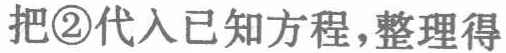
把\textcircled{2}代入已知方程，整理得